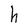
Character: h